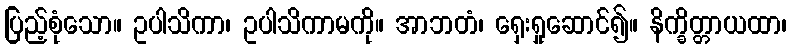
ပြည့်စုံသော။ ဥပါသိကာ၊ ဥပါသိကာမကို။ အာဘတံ၊ ရှေးရှုဆောင်၍။ နိက္ခိတ္တာယထာ၊